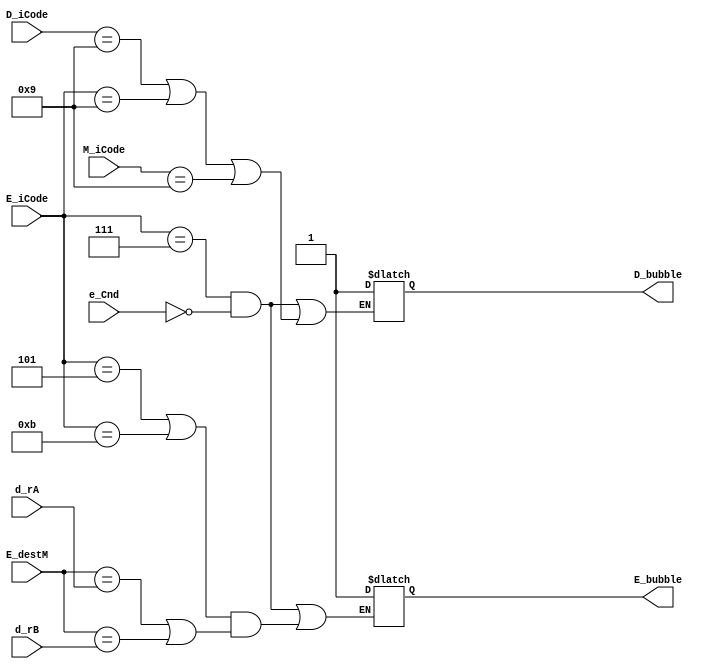
module bubble(E_iCode,D_iCode,M_iCode,d_rA,d_rB,e_Cnd,E_destM,D_bubble,E_bubble);

input[3:0] E_iCode,E_destM,D_iCode,M_iCode,d_rA,d_rB;
input e_Cnd;

output reg D_bubble, E_bubble;

initial begin
    D_bubble  = 1'b0;
    E_bubble = 1'b0;

end

always@(*)
begin
if (((E_iCode==4'b0111)&(e_Cnd==1'b0))||((D_iCode==4'b1001)||(E_iCode==4'b1001)||(M_iCode==4'b1001))) 
begin
    D_bubble = 1'b1;
end

if(((E_iCode==4'b0111)&(e_Cnd==1'b0)) ||(((E_iCode==4'b0101)||(E_iCode==4'b1011))&((E_destM==d_rA)||(E_destM==d_rB))))
begin
    E_bubble = 1'b1;
end
end

endmodule